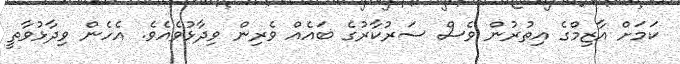
ކަމަށް އާޒިމްގެ އިތުރުން ވެސް ސަރުކާރުގެ ބައެއް ވެރިން ވިދާޅުވެއެވެ. އެހެން ވިދާޅުވާތީ